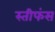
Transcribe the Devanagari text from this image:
स्तीफंस